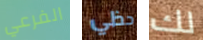
الفرعي حظي لك